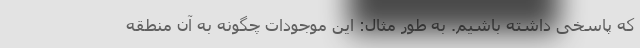
که پاسخی داشته باشیم. به طور مثال: این موجودات چگونه به آن منطقه